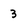
Character: 3